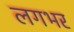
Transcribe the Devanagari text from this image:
लगभर